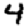
Digit: 4